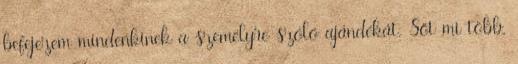
befejezem mindenkinek a személyre szóló ajándékát. Sőt mi több,